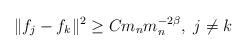
LaTeX: \begin{align*}\|f_{j}- f_{k} \|^2 \geq C m_n m_n^{-2\beta},\ j\not = k \end{align*}